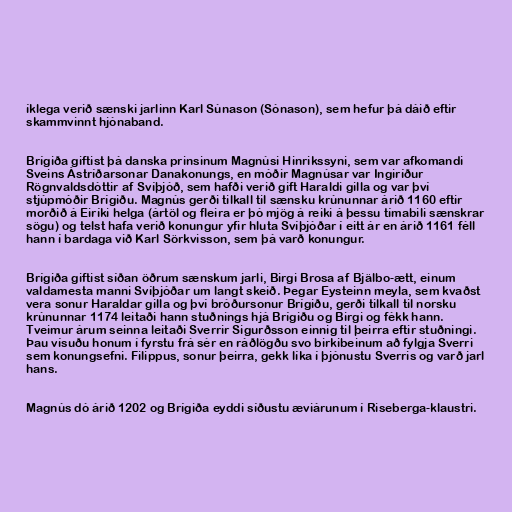
íklega verið sænski jarlinn Karl Súnason (Sónason), sem hefur þá dáið eftir
skammvinnt hjónaband.

Brígiða giftist þá danska prinsinum Magnúsi Hinrikssyni, sem var afkomandi
Sveins Ástríðarsonar Danakonungs, en móðir Magnúsar var Ingiríður
Rögnvaldsdóttir af Svíþjóð, sem hafði verið gift Haraldi gilla og var því
stjúpmóðir Brígiðu. Magnús gerði tilkall til sænsku krúnunnar árið 1160 eftir
morðið á Eiríki helga (ártöl og fleira er þó mjög á reiki á þessu tímabili sænskrar
sögu) og telst hafa verið konungur yfir hluta Svíþjóðar í eitt ár en árið 1161 féll
hann í bardaga við Karl Sörkvisson, sem þá varð konungur.

Brígiða giftist síðan öðrum sænskum jarli, Birgi Brosa af Bjälbo-ætt, einum
valdamesta manni Svíþjóðar um langt skeið. Þegar Eysteinn meyla, sem kvaðst
vera sonur Haraldar gilla og því bróðursonur Brígiðu, gerði tilkall til norsku
krúnunnar 1174 leitaði hann stuðnings hjá Brígiðu og Birgi og fékk hann.
Tveimur árum seinna leitaði Sverrir Sigurðsson einnig til þeirra eftir stuðningi.
Þau vísuðu honum í fyrstu frá sér en ráðlögðu svo birkibeinum að fylgja Sverri
sem konungsefni. Filippus, sonur þeirra, gekk líka í þjónustu Sverris og varð jarl
hans.

Magnús dó árið 1202 og Brígiða eyddi síðustu æviárunum í Riseberga-klaustri.